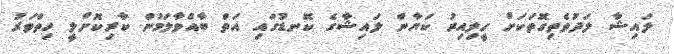
ލައިޝާ ލަދުވެތިގޮތަކަށް ހީލިއިރު ކަޔާން ލައިޝާގެ ކޮނޑުގައި އަތް ބާއްވާލަމުން ކާރިކޮށްލީ ހިތްވަރު